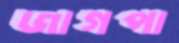
জাগপা